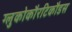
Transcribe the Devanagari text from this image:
ग्लुकोकौरटिकौडस